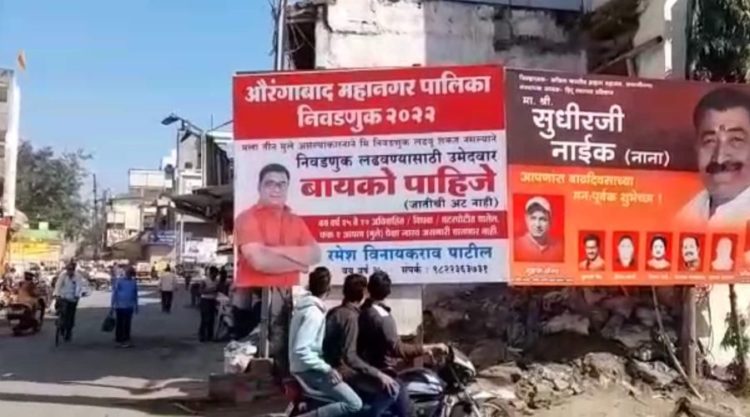
Language: marathi
Transcription: औरंगाबाद महानगर पालिका निवडणुक लढवण्यासाठी उमेदवार नाईक (नाना) बायको अट विनायकराव पाटील रमेश नाही) पाहिजे निवडणूक सुधीरजी